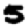
Digit: 5